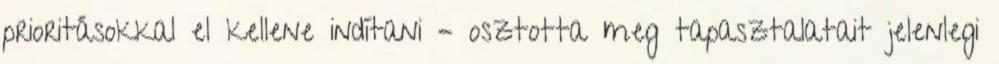
prioritásokkal el kellene indítani – osztotta meg tapasztalatait jelenlegi